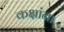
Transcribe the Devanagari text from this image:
कक्षांना